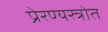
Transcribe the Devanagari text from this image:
प्रेरण्यस्त्रोत